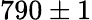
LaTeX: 790\pm 1